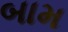
બામ